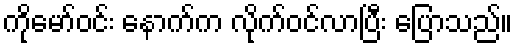
ကိုမော်ဝင်း နောက်က လိုက်ဝင်လာပြီး ပြောသည်။